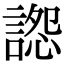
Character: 𧩷